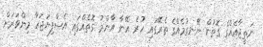
ނަތީޖާއެއްގެ ގޮތުން ނޭނގުމެއްގެ ތެރޭގައި ހުރެ އޭނާ އާންމު ގޮތެއްގައި އެސްފިޔަޖަހާ މިންވަރަށް